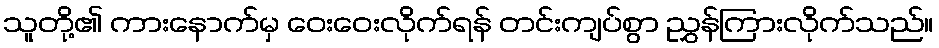
သူတို့၏ ကားနောက်မှ ဝေးဝေးလိုက်ရန် တင်းကျပ်စွာ ညွှန်ကြားလိုက်သည်။